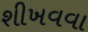
શીખવવા